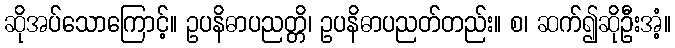
ဆိုအပ်သောကြောင့်။ ဥပနိဓာပညတ္တိ၊ ဥပနိဓာပညတ်တည်း။ စ၊ ဆက်၍ဆိုဦးအံ့။